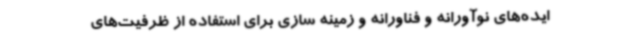
ایده‌های نوآورانه و فناورانه و زمینه سازی برای استفاده از ظرفیت‌های